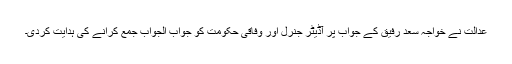
عدالت نے خواجہ سعد رفیق کے جواب پر آڈیٹر جنرل اور وفاقی حکومت کو جواب الجواب جمع کرانے کی ہدایت کردی۔